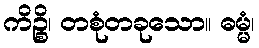
ကိဉ္စိ၊ တစုံတခုသော။ ဓမ္မံ၊